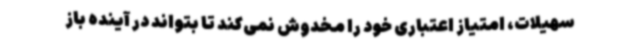
سهیلات، امتیاز اعتباری خود را مخدوش نمی‌کند تا بتواند در آینده باز